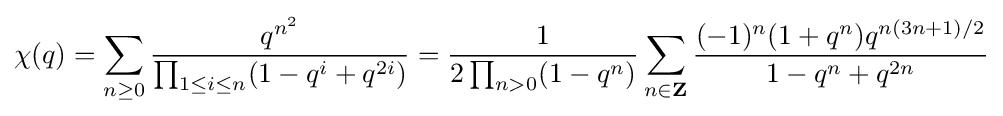
\chi (q)=\sum _{n\geq 0}{\frac {q^{n^{2}}}{\prod _{1\leq i\leq n}(1-q^{i}+q^{2i})}}={\frac {1}{2\prod _{n>0}(1-q^{n})}}\sum _{n\in \mathbf {Z} }{\frac {(-1)^{n}(1+q^{n})q^{n(3n+1)/2}}{1-q^{n}+q^{2n}}}